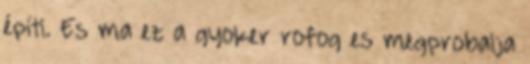
építi. Es ma ez a gyoker rofog es megprobalja